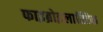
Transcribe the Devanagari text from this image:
फाइब्रोइलास्टिक